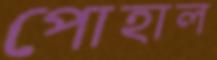
পোহাল